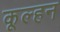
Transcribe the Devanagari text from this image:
कूल्हन